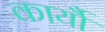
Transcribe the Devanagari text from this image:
कार्यौ